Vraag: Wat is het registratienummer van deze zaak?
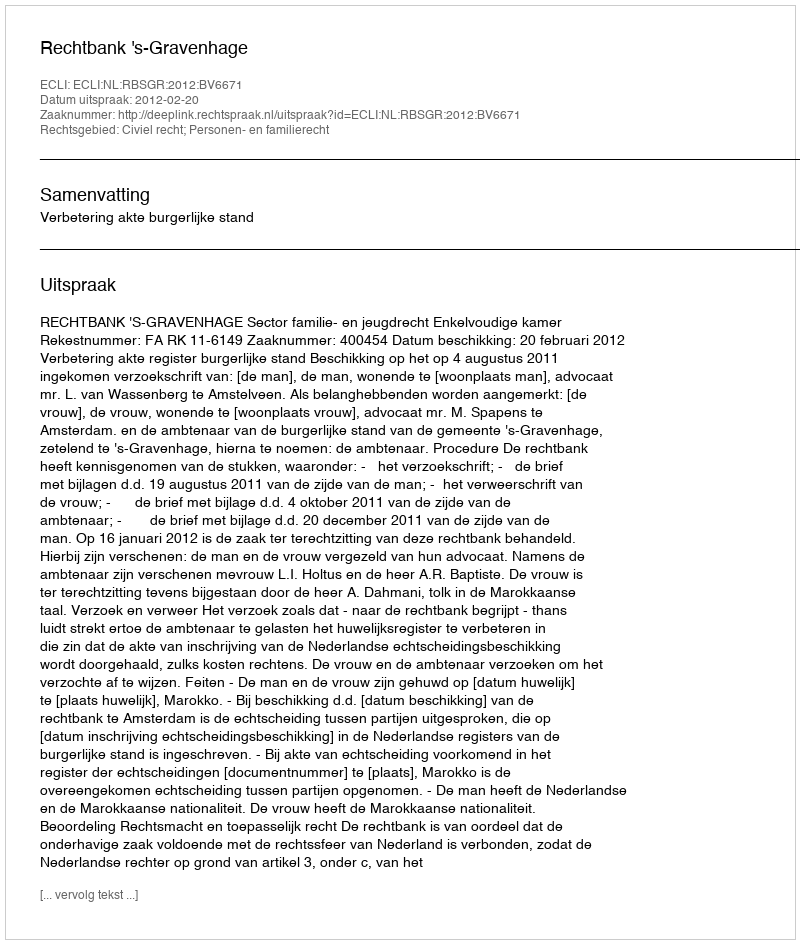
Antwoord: http://deeplink.rechtspraak.nl/uitspraak?id=ECLI:NL:RBSGR:2012:BV6671